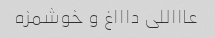
عاااللی داااغ و خوشمزه